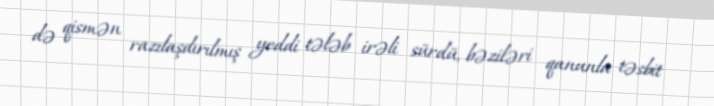
də qismən razılaşdırılmış yeddi tələb irəli sürdü, bəziləri qanunla təsbit